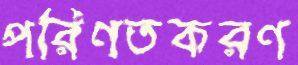
পরিণতকরণ